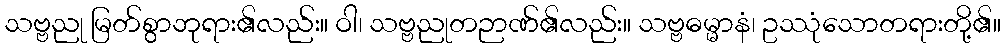
သဗ္ဗညု မြတ်စွာဘုရား၏လည်း။ ဝါ၊ သဗ္ဗညုတဉာဏ်၏လည်း။ သဗ္ဗဓမ္မာနံ၊ ဥဿုံသောတရားတို့၏။